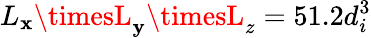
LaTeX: L_{\mathbf{x}}\timesL_{\mathbf{y}}\timesL_{z}=51.2d_{i}^{3}